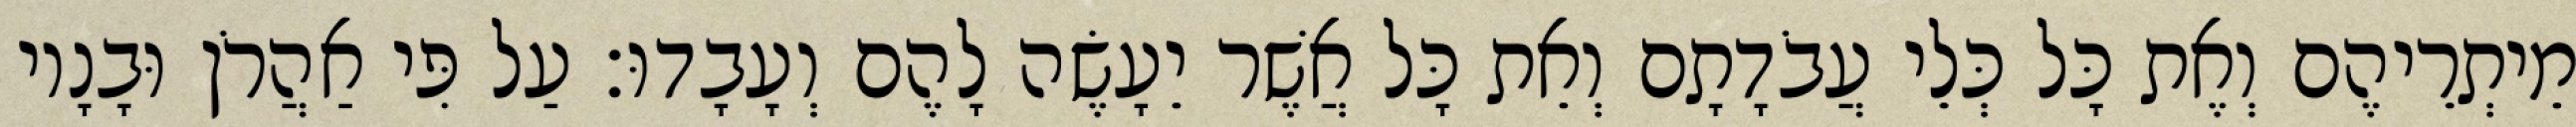
מֵיתְרֵיהֶם וְאֶת כָּל כְּלֵי עֲבֹדָתָם וְאֵת כָּל אֲשֶׁר יֵעָשֶׂה לָהֶם וְעָבָדוּ׃ עַל פִּי אַהֲרֹן וּבָנָיו